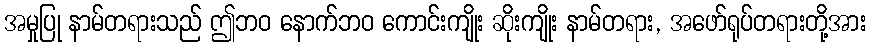
အမှုပြု နာမ်တရားသည် ဤဘဝ နောက်ဘဝ ကောင်းကျိုး ဆိုးကျိုး နာမ်တရား, အဖော်ရုပ်တရားတို့အား